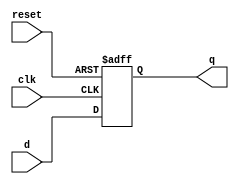
module flopr #(parameter M=32)(input clk,input reset,input [M-1:0]d,output reg [M-1:0]q);//resettable flip-flop
	always @(posedge clk,posedge reset)begin
		if(reset)begin
			q<=0;
		end
		else begin
			q<=d;
		end
	end
endmodule

module flopr_tb;

	parameter M=32;
	
	reg clk,reset;
	reg [M-1:0]d;
	wire [M-1:0]q;
	
	flopr #(M)DUT(.clk(clk),
					  .reset(reset),
					  .d(d),
					  .q(q));
					  
	initial begin
	clk = 0;#1;
	d = 10;#1;
	clk = 1;#1;
	$display("q = %d",q);#1;
	clk = 0;#1;
	
	reset = 0;#1;
	reset = 1;#1;
	$display("q = %d",q);#1;
	reset = 0;#1;
	end

endmodule